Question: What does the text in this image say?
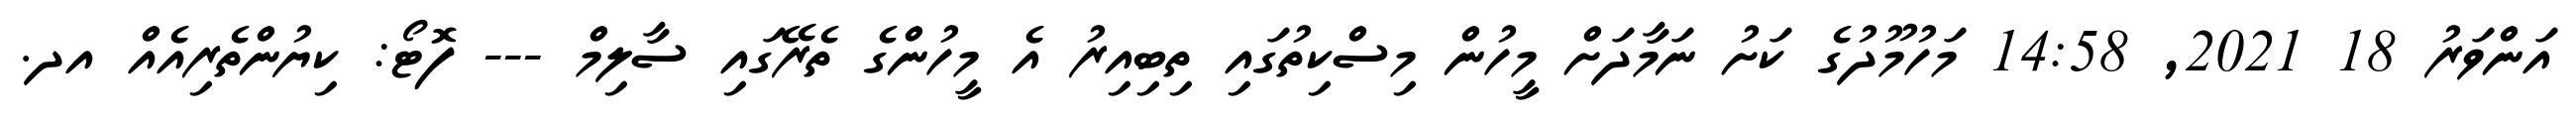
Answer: އަންވަރު 18 2021, 14:58 މަހުމޫދުގެ ކަށު ނަމާދަށް މީހުން މިސްކިތުގައި ތިބިއިރު އެ މީހުންގެ ތެރޭގައި ސާލިމް --- ފޮޓޯ: ކިޔުންތެރިއެއް އދ.